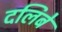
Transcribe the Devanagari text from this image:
दलिबे